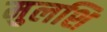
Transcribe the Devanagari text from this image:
मुलशि